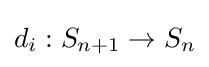
d_{i}:S_{n+1}\to S_{n}